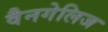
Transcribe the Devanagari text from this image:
वैनगेलिज